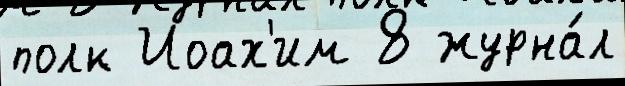
полк Иоах'им 8 журна́л